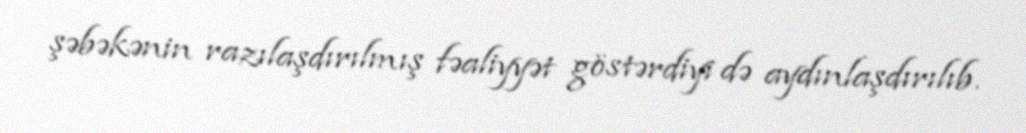
şəbəkənin razılaşdırılmış fəaliyyət göstərdiyi də aydınlaşdırılıb.